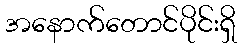
အနောက်တောင်ပိုင်းရှိ